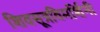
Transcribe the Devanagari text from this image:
शिवसूत्रविमर्शिनी